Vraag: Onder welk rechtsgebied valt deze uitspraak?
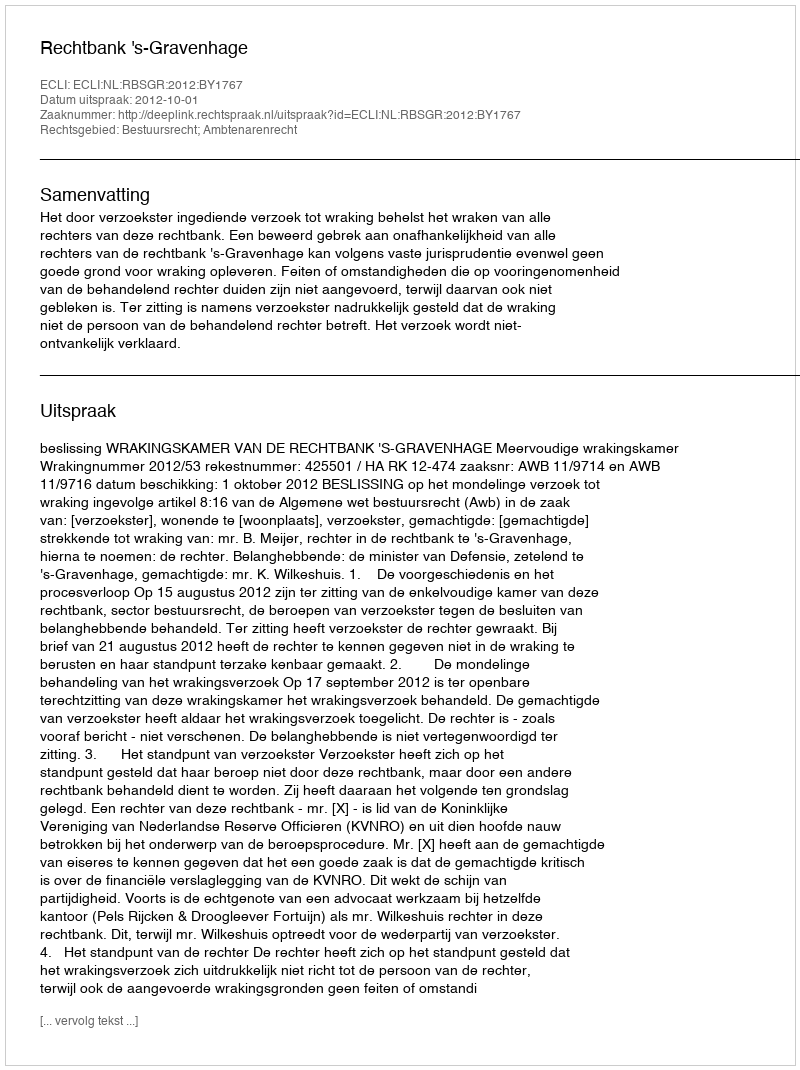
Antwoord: Bestuursrecht; Ambtenarenrecht